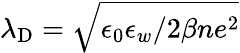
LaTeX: \lambda_{\mathrm{D}}=\sqrt{\epsilon_{0}\epsilon_{w}/2\beta ne^{2}}